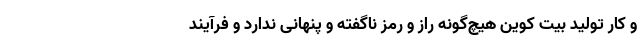
و کار تولید بیت کوین هیچ‌گونه راز و رمز ناگفته و پنهانی ندارد و فرآیند